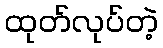
ထုတ်လုပ်တဲ့